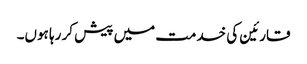
قارئین کی خدمت میں پیش کر رہا ہوں۔